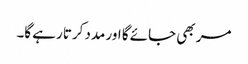
مر بھی جائے گا اور مدد کرتا رہے گا۔